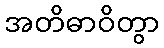
အတိဓာဝိတွာ